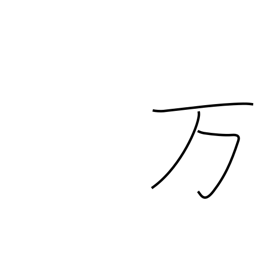
Meaning: ten thousand